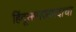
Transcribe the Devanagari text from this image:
हिंदूसमाजवादाचा